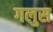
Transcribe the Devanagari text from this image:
गलुस